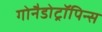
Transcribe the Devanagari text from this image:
गोनैडोट्रॉपिन्स